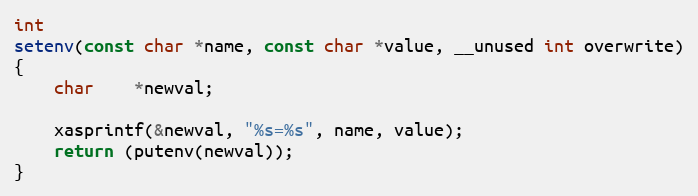
Language: C
int
setenv(const char *name, const char *value, __unused int overwrite)
{
	char	*newval;

	xasprintf(&newval, "%s=%s", name, value);
	return (putenv(newval));
}